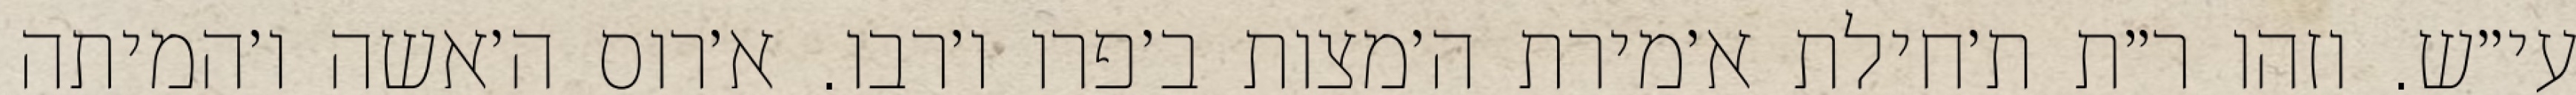
עי״ש. וזהו ר״ת ת׳חילת א׳מירת ה׳מצות ב׳פרו ו׳רבו. א׳רוס ה׳אשה ו׳המיתה